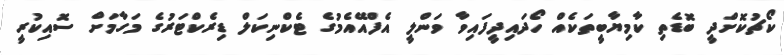
ކޯޗުކޮށްދީ ބޮޑެތި ކާމިޔާބީތަކެއް ހޯދައިދީފައިވާ ވަންލީ އެފްއޭއެމުގެ ޓެކްނިކަލް ޑިރެކްޓަރުގެ މަގާމަށް ސޮއިކުރީ